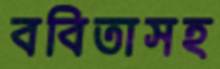
ববিতাসহ